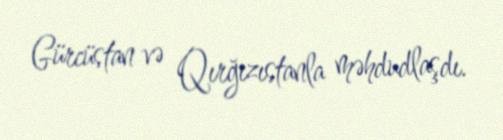
Gürcüstan və Qırğızıstanla məhdudlaşdı.